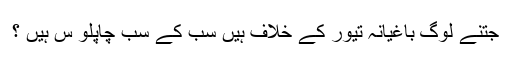
جتنے لوگ باغیانہ تیور کے خلاف ہیں سب کے سب چاپلو س ہیں ؟